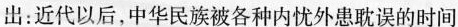
出：近代以后，中华民族被各种内忧外患耽误的时间